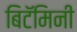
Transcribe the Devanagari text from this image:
बिटॅमिनी